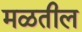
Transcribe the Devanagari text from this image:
मळतील